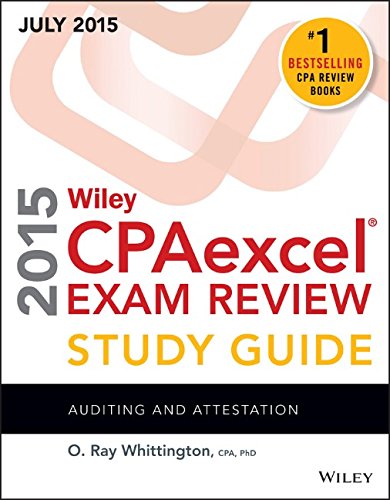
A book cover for Wiley CPAexcel Exam Review 2015 Study Guide July: Auditing and Attestation (Wiley Cpa Exam Review); O. Ray Whittington; Test Preparation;